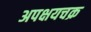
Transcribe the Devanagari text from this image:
अपक्षयचक्र